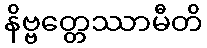
နိဗ္ဗတ္တေဿာမီတိ